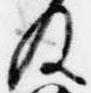
及